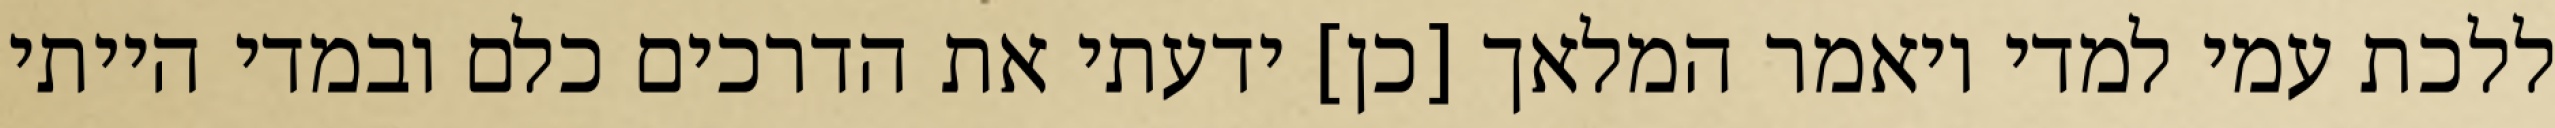
ללכת עמי למדי ויאמר המלאך [כן] ידעתי את הדרכים כלם ובמדי הייתי